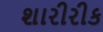
શારીરીક